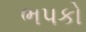
ભપકો